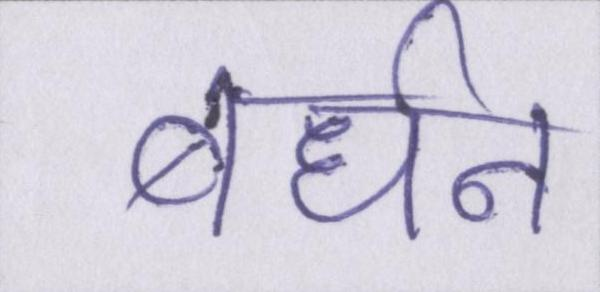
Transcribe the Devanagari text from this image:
बर्धन